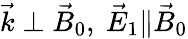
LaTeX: {\vec{k}}\perp{\vec{B}}_{0},\ {\vec{E}}_{1}\| {\vec{B}}_{0}